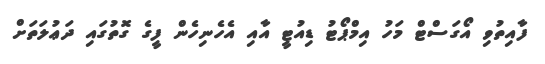
ފާއިތުވި އޯގަސްޓް މަހު އިމްޕޯޓު ޑިއުޓީ އާއި އެހެނިހެން ފީގެ ގޮތުގައި ދަޢުލަތަށް